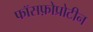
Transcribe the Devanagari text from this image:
फॉसफ़ोप्रोटीन